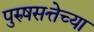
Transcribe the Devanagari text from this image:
पुरुषसत्तेच्या